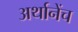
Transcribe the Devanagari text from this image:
अर्थानेंच